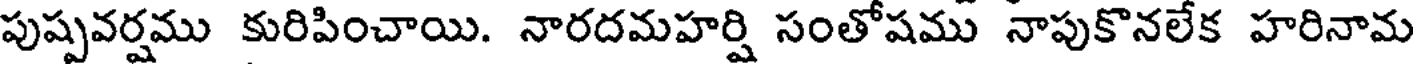
పుష్పవర్షము కురిపించాయి. నారదమహర్షి సంతోషము నాపుకొనలేక హరినామ